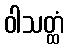
ဝါသတ္ထံ